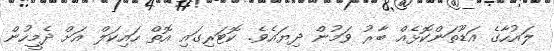
ލައުހާގެ އަޑޫތަންކޮޅެއް ބާރު ވަމުން ދިޔައެވެ. ކޮޓަރިގައި އޮތް ހައިކަލް އަށް ދެމީހުން